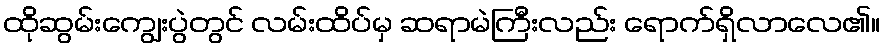
ထိုဆွမ်းကျွေးပွဲတွင် လမ်းထိပ်မှ ဆရာမဲကြီးလည်း ရောက်ရှိလာလေ၏။